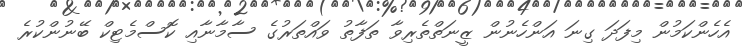
އެހެންކަމުން މިފަދަ ގިނަ އަންހެނުން ޒީނަތްތެރިވާ ތަފާތު ވައްތަރުގެ ސާމާނާއި ކޮސްމެޓިކް ބޭނުންކުރެ